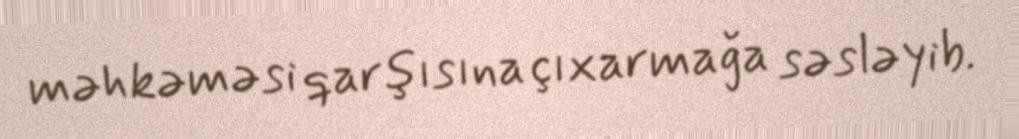
məhkəməsi qarşısına çıxarmağa səsləyib.